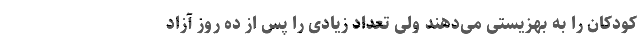
کودکان را به بهزیستی می‌دهند ولی تعداد زیادی را پس از ده روز آزاد